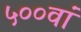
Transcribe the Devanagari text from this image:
५००वां